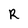
Character: R